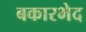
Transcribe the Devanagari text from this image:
बकारभेद